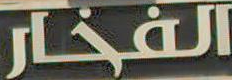
الفخار